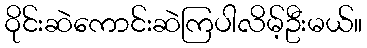
ဝိုင်းဆဲကောင်းဆဲကြပါလိမ့်ဦးမယ်။